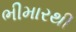
ભીમારથી